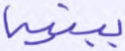
ببنيه